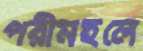
পরীমহলে